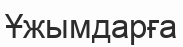
Ұжымдарға